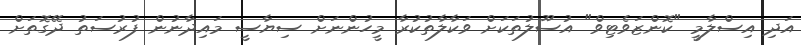
އަދި އިސްލާމީ "ކޮންޒަވެޓިވް" އުސޫލުތަކަށް ވަކާލާތުކުރާ މީހުންނަށް ސިޔާސީ މައިދާނުން ފުރުސަތު ދޭގޮތަށް